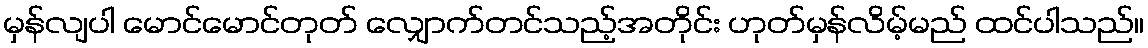
မှန်လျပါ မောင်မောင်တုတ် လျှောက်တင်သည့်အတိုင်း ဟုတ်မှန်လိမ့်မည် ထင်ပါသည်။